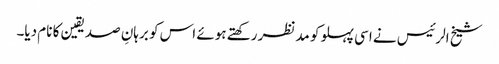
شیخ الرئیس نے اسی پہلو کو مدنظر رکھتے ہوئے اس کو برہانِ صدیقین کا نام دیا۔